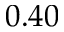
0 . 4 0